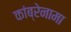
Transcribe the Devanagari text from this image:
कांब्रेनामा